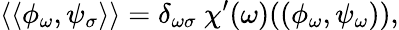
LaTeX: \langle\langle\phi_{\omega},\psi_{\sigma}\rangle\rangle=\delta_{\omega\sigma}~\chi^{\prime}(\omega)((\phi_{\omega},\psi_{\omega})),